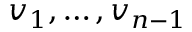
v _ { 1 } , \dots , v _ { n - 1 }